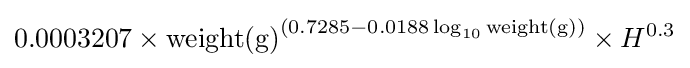
0.0003207\times \mathrm {weight} \mathrm {(g)} ^{(0.7285-0.0188\log _{10}{\mathrm {weight} \mathrm {(g)} })}\times H^{0.3}